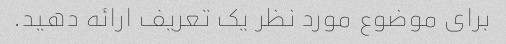
برای موضوع مورد نظر یک تعریف ارائه دهید.